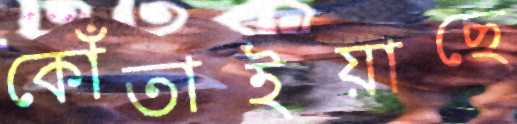
কোঁতাইয়াছে